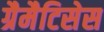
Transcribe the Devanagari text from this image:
ग्रैमैटिसेस